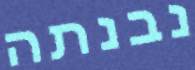
נבנתה